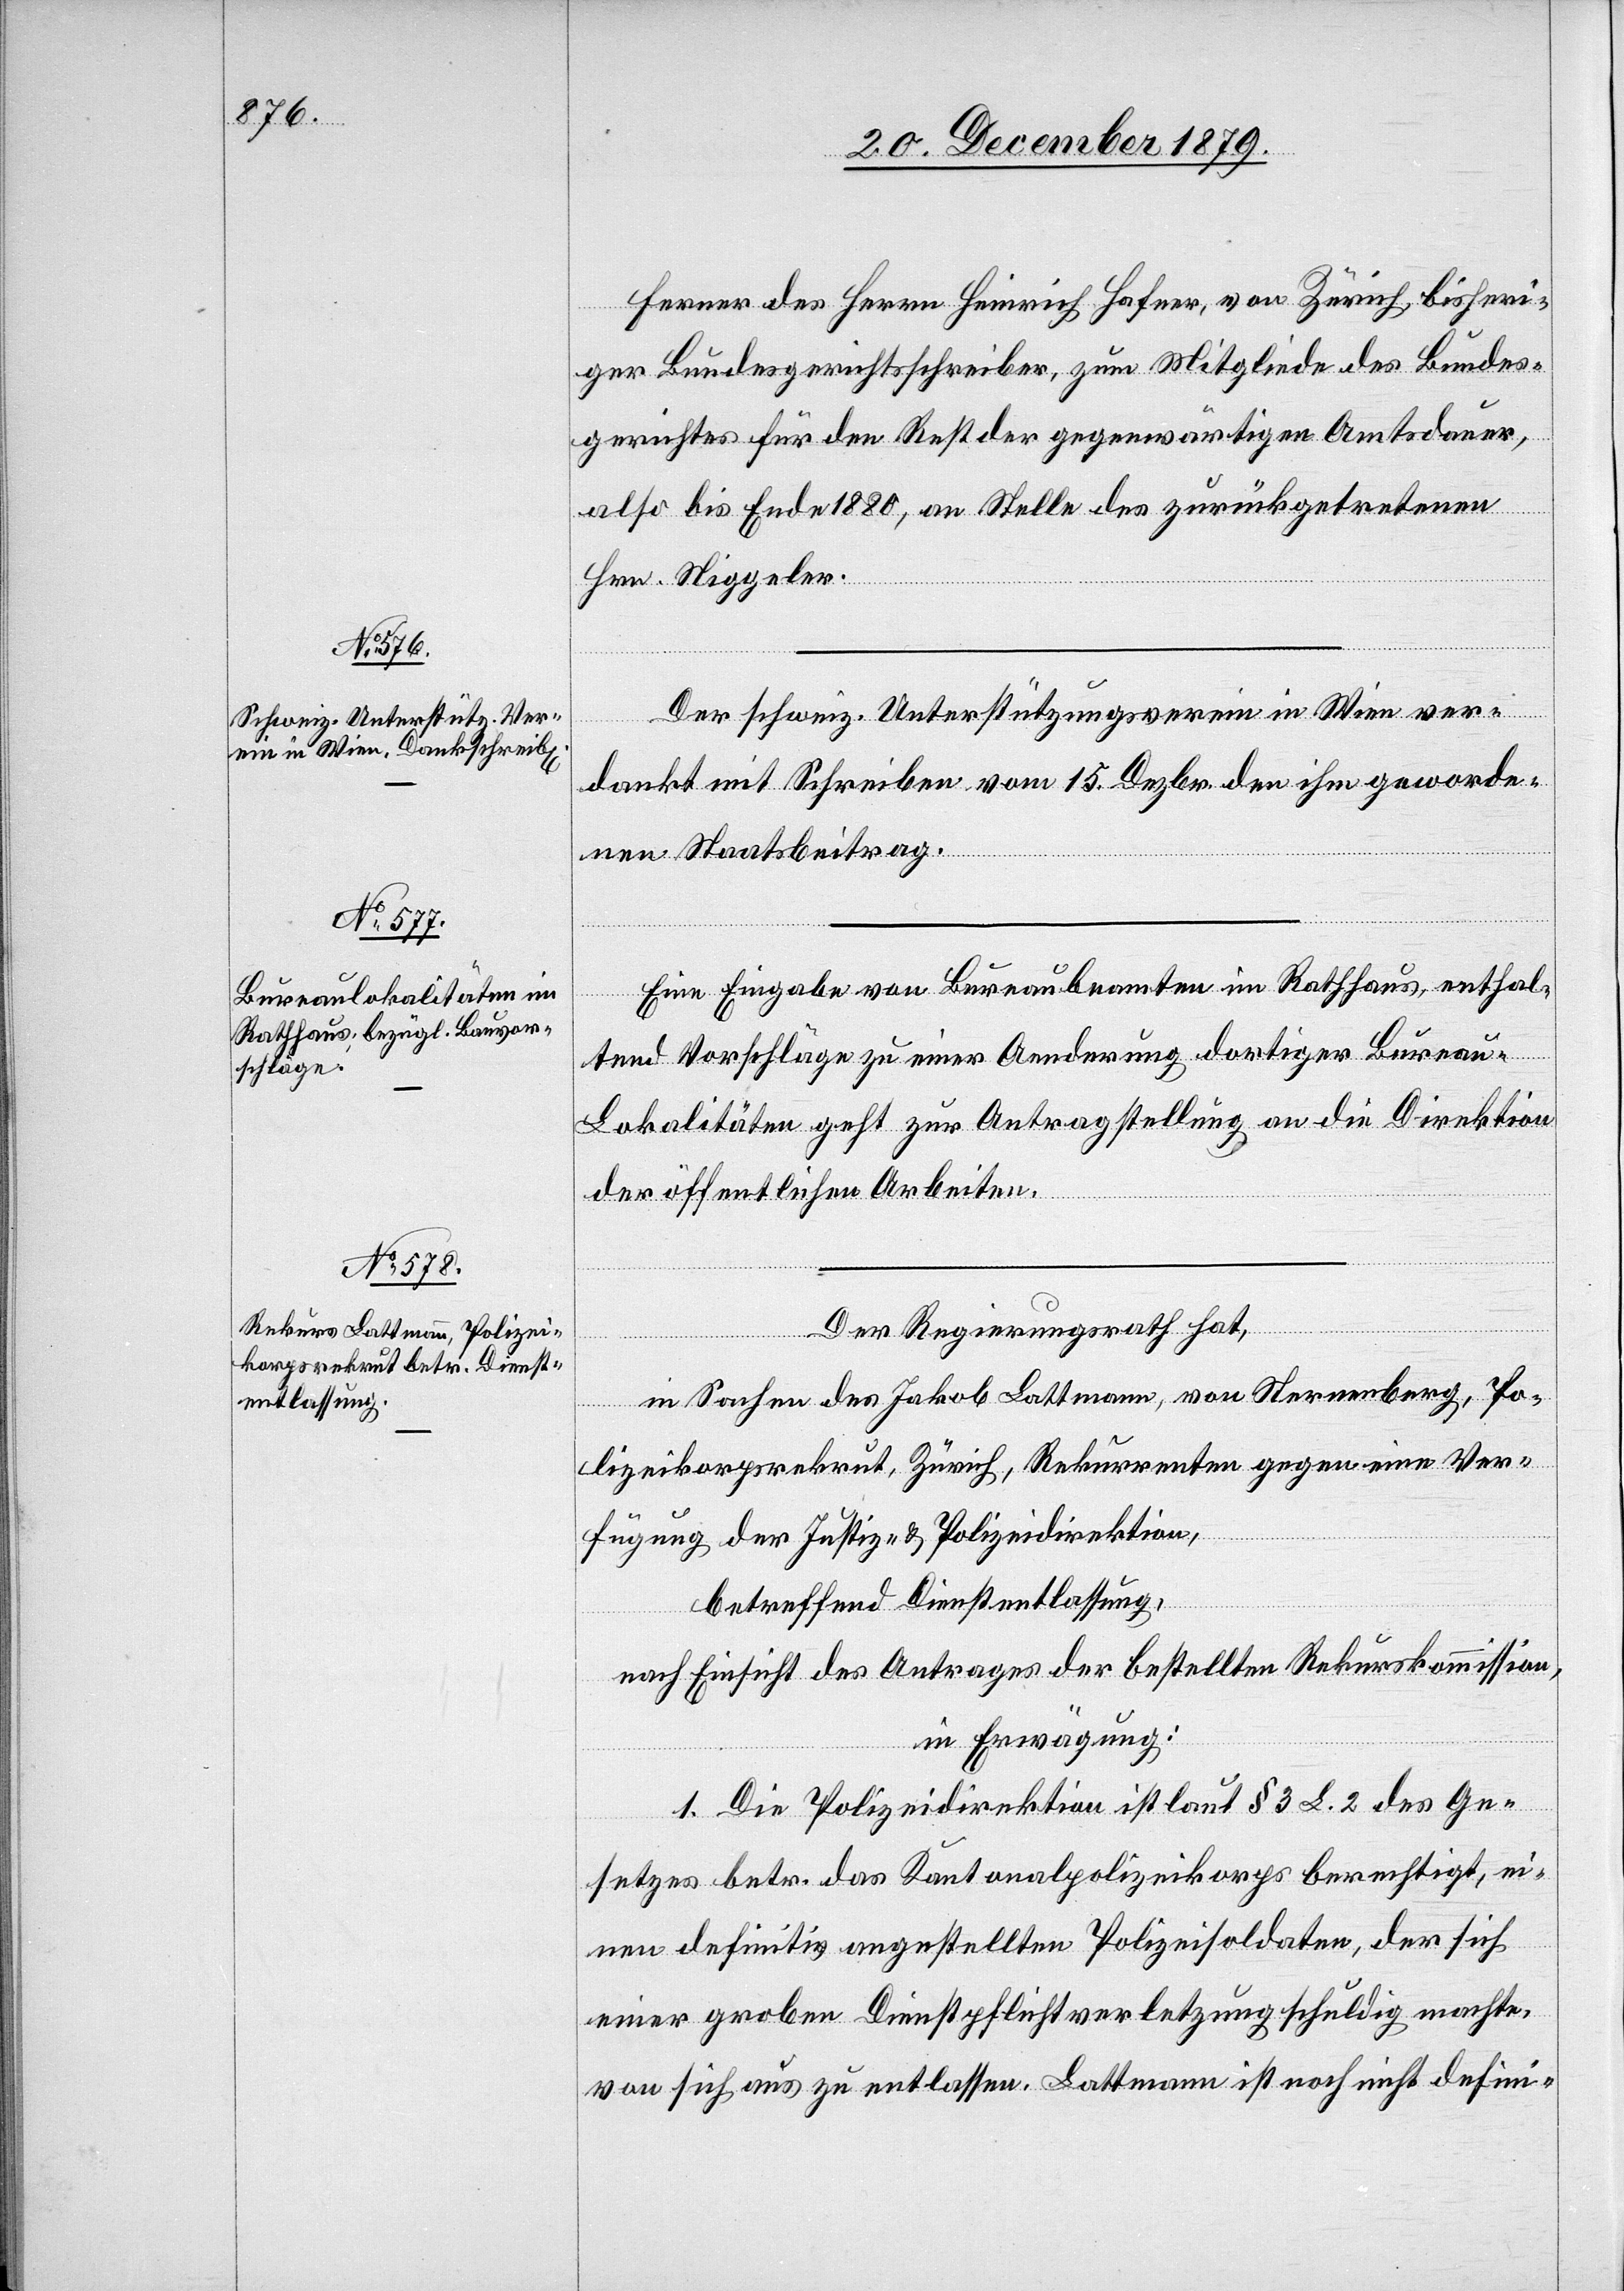
ferner des Herrn Heinrich Hafner, von Zürich, bisheri¬
ger Bundesgerichtsschreiber, zum Mitgliede des Bundes¬
gerichtes für den Rest der gegenwärtigen Amtsdauer,
also bis Ende 1880, an Stelle des zurückgetretenen
Hrn. Niggeler.
Der schweiz. Unterstützungsverein in Wien ver¬
dankt mit Schreiben vom 15. Dezbr. den ihm geworde¬
nen Staatsbeitrag.
Eine Eingabe von Bureaubeamten im Rathhaus, enthal¬
tend Vorschläge zu einer Aenderung dortiger Burea¬
u-Lokalitäten geht zur Antragstellung an die Direktion
der öffentlichen Arbeiten.
Der Regierungsrath hat,
in Sachen des Jakob Lattmann, von Sternenberg, Po¬
lizeikorpsrekrut, Zürich, Rekurrenten gegen eine Ver¬
fügung der Justiz- & Polizeidirektion,
betreffend Dienstentlassung,
nach Einsicht des Antrages der bestellten Rekurskommission,
in Erwägung:
1. Die Polizeidirektion ist laut § 3 L. 2 des Ge¬
setzes betr. das Kantonalpolizeikorps berechtigt, ei¬
nen definitiv angestellten Polizeisoldaten, der sich
einer groben Dienstpflichtverletzung schuldig machte,
von sich aus zu entlassen. Lattmannn ist noch nicht defini-